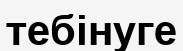
тебінуге